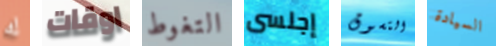
له اوقات التغوط إجلسى التسوق السيادة